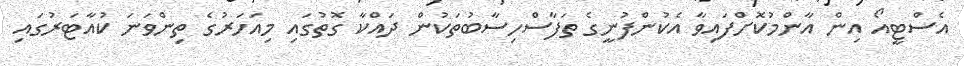
އެސްޓީއޯ އިން އާންމުކޮށްފައިވާ އެކުންފުނީގެ ތަފާސްހިސާބުތަކުން ދައްކާ ގޮތުގައި މިއަހަރުގެ ތިންވަނަ ކުއާޓަރުގައި